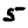
Digit: 5